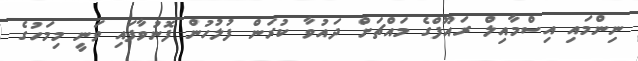
ނިންމައި އިސްމާއިލް ރައޫފްގެ މައްޗަށް ދައުވާ ކުރަން ފުލުހުން ފޮނުވާފައި ވަނީ މިމަހުގެ